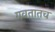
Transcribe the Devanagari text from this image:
गवतातच